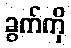
ခွက်ကို